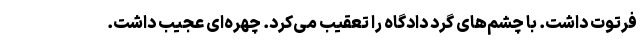
فرتوت داشت. با چشم‌های گرد دادگاه را تعقیب‌ می‌کرد. چهره‌ای عجیب داشت.